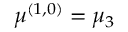
\mu ^ { ( 1 , 0 ) } = \mu _ { 3 }